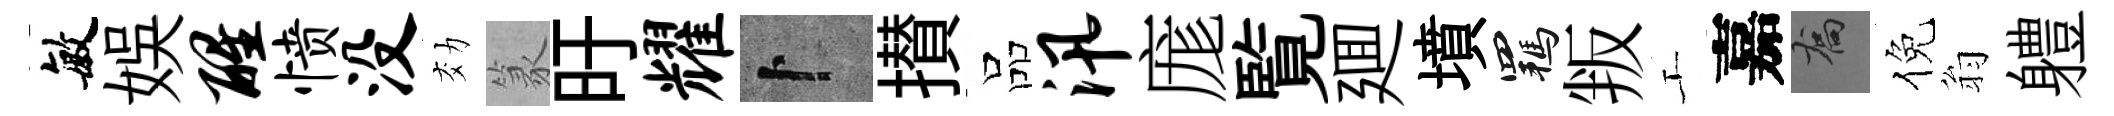
敏娱醒愤没効篆旴耀卜攅品汛庬覧廽墳羈叛工嘉喬倪翁軆